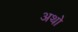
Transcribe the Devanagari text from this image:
अथो